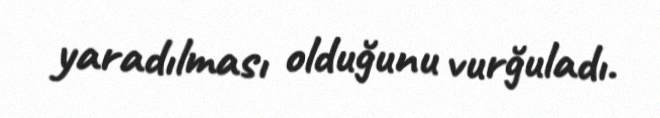
yaradılması olduğunu vurğuladı.